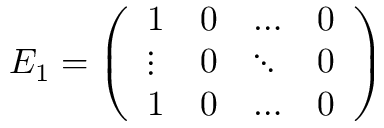
E _ { 1 } = \left( \begin{array} { l l l l } { 1 } & { 0 } & { \dots } & { 0 } \\ { \vdots } & { 0 } & { \ddots } & { 0 } \\ { 1 } & { 0 } & { \dots } & { 0 } \end{array} \right)